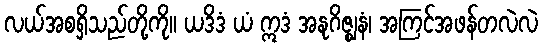
လယ်အစရှိသည်တို့ကို။ ယဒိဒံ ယံ ဣဒံ အနုဂိဇ္ဈနံ၊ အကြင်အဖန်တလဲလဲ